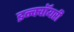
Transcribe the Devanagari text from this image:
इन्क्वॉयरी